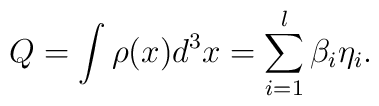
Q=\int \rho (x)d^3x=\sum_{i=1}^l\beta _i\eta _i.